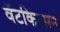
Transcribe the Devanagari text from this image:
वॅटकिन्सन